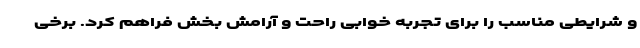
و شرایطی مناسب را برای تجربه خوابی راحت و آرامش بخش فراهم کرد. برخی